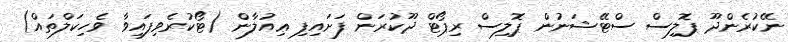
ނޭކުރެންދޫ ޕޮލިސް ސްޓޭޝަނުން ޕޮލިސް ރިޕޯޓް ދޫކުރަން ފަށައިފި ޢިއުލާން (ޓޯކުރެވިފައިވާ ވެހިކަލްތައް)